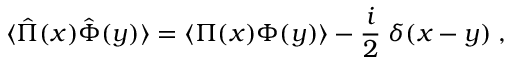
\langle \hat { \Pi } ( x ) \hat { \Phi } ( y ) \rangle = \langle \Pi ( x ) \Phi ( y ) \rangle - { \frac { i } { 2 } } \; \delta ( x - y ) \; ,